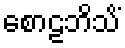
စောဠဘိသိံ